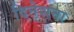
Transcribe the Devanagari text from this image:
दिनेशना